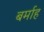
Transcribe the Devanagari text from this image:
बर्माह